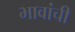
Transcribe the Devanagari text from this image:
भावांची